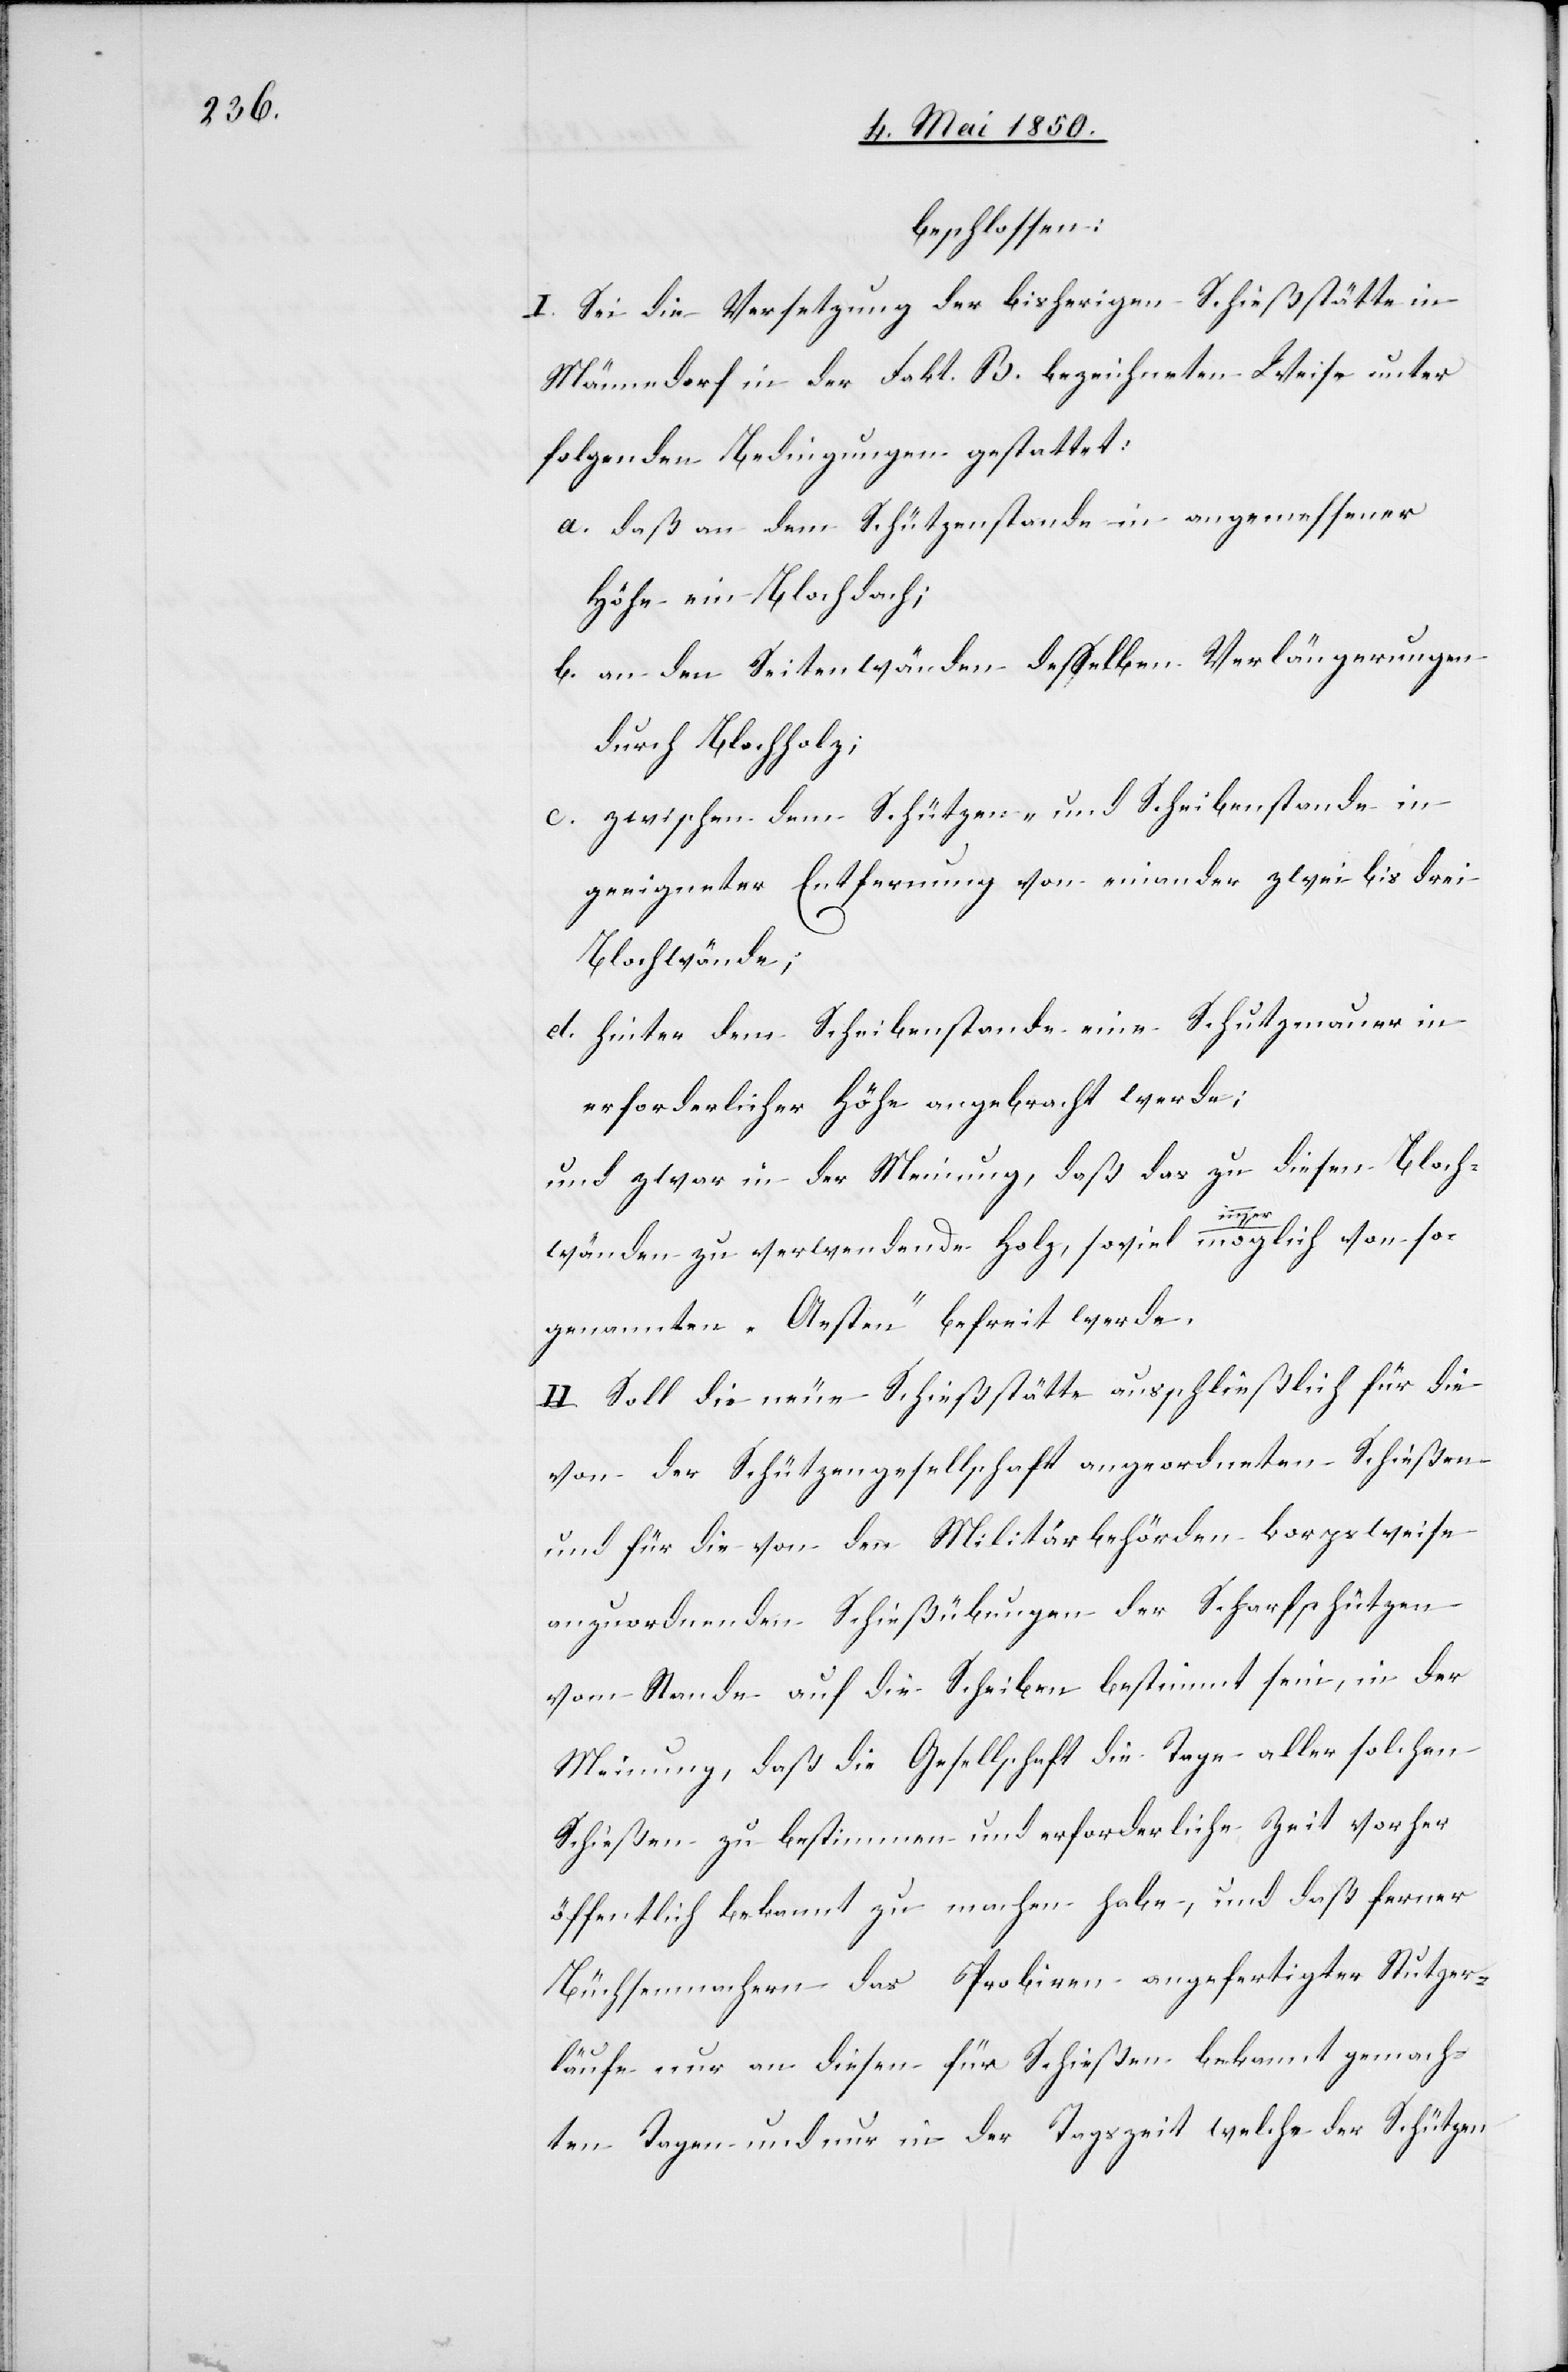
beschlossen:
I. Sei die Versetzung der bisherigen Schießstätte in
Männedorf in der Fakt. B. bezeichneten Weise unter
folgenden Bedingungen gestattet:
a. daß an dem Schützenstande in angemessener
Höhe ein Blochdach;
b. an den Seitenwänden desselben Verlängerungen
durch Blochholz;
c. zwischen dem Schützen- und Scheibenstande in
geeigneter Entfernung von einander zwei bis drei
Blochwände;
d. hinter dem Scheibenstande eine Schutzmauer in
erforderlicher Höhe angebracht werde;
und zwar in der Meinung, daß das zu diesen Bloch¬
n[-]
wänden zu verwendende Holz, soviel immer möglich von so¬
genannten „Aesten“ befreit werde.
II. Soll die neue Schießstätte ausschließlich für die
von der Schützengesellschaft angeordneten Schießen
und für die von den Militärbehörden korpsweise
anzuordnenden Schießübungen der Scharfschützen
vom Stande auf die Scheiben bestimmt sein, in der
Meinung, daß die Gesellschaft die Tage aller solchen
Schießen zu bestimmen und erforderliche Zeit vorher
öffentlich bekannt zu machen habe, und daß ferner
Büchsenmachern das Probiren angefertigter Stutzer¬
läufe nur an diesen für Schießen bekannt gemach¬
ten Tagen und nur in der Tagszeit welche der Schütze¬